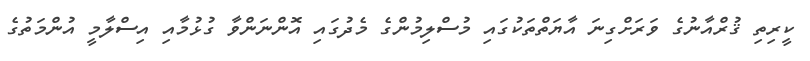
ކީރިތި ޤުރްއާނުގެ ވަރަށްގިނަ އާޔަތްތަކުގައި މުސްލިމުންގެ މެދުގައި އޮންނަންވާ ގުޅުމާއި އިސްލާމީ އުންމަތުގެ